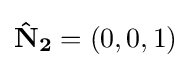
\mathbf {{\hat {N}}_{2}} =(0,0,1)